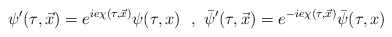
\begin{align*}\psi'(\tau,\vec x)=e^{ie\chi(\tau,\vec x)}\psi(\tau,x){}~~,~\bar\psi'(\tau,\vec x)=e^{-ie\chi(\tau,\vec x)}\bar\psi(\tau,x)\end{align*}